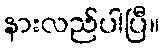
နားလည်ပါပြီ။